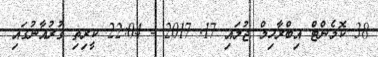
38 ކޮމެންޓް އިބްރާހިމް ޖުލައި 17